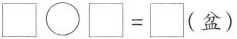
\square \bigcirc \square =\square （盆）